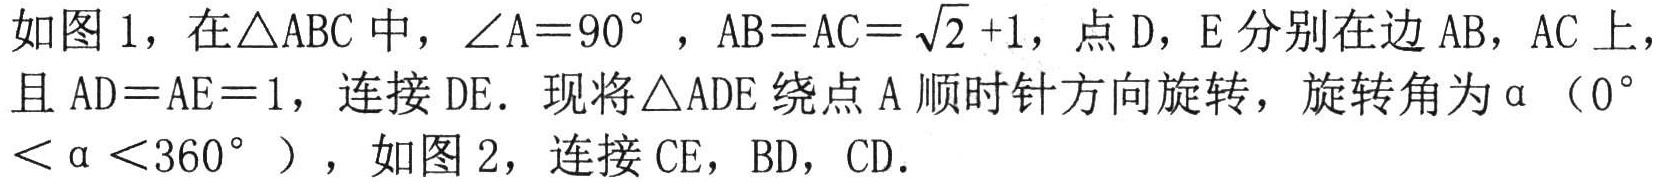
如图1，在\(\triangle ABC\)中，\(\angle A = 90^{\circ}\)，\(AB = AC=\sqrt{2}+1\)，点\(D\)，\(E\)分别在边\(AB\)，\(AC\)上，且\(AD = AE = 1\)，连接\(DE\). 现将\(\triangle ADE\)绕点\(A\)顺时针方向旋转，旋转角为\(\alpha\)（\(0^{\circ}<\alpha<360^{\circ}\)），如图2，连接\(CE\)，\(BD\)，\(CD\).